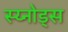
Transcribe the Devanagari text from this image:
स्य्नोड्स